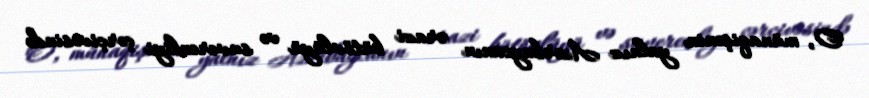
O, münaqişənin yalnız Azərbaycanın ərazi bütövlüyü və suverenliyi çərçivəsində